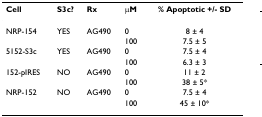
<table><thead><tr><td><b>Cell</b></td><td><b>S3c?</b></td><td><b>Rx</b></td><td><b>μM</b></td><td><b>% Apoptotic +/- SD</b></td></tr></thead><tbody><tr><td>NRP-154</td><td>YES</td><td>AG490</td><td>0</td><td>8 ± 4</td></tr><tr><td></td><td></td><td></td><td>100</td><td>7.5 ± 5</td></tr><tr><td>5152-S3c</td><td>YES</td><td>AG490</td><td>0</td><td>7.5 ± 4</td></tr><tr><td></td><td></td><td></td><td>100</td><td>6.3 ± 3</td></tr><tr><td>152-pIRES</td><td>NO</td><td>AG490</td><td>0</td><td>11 ± 2</td></tr><tr><td></td><td></td><td></td><td>100</td><td>38 ± 5*</td></tr><tr><td>NRP-152</td><td>NO</td><td>AG490</td><td>0</td><td>7.5 ± 4</td></tr><tr><td></td><td></td><td></td><td>100</td><td>45 ± 10*</td></tr></tbody></table>